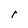
Character: r